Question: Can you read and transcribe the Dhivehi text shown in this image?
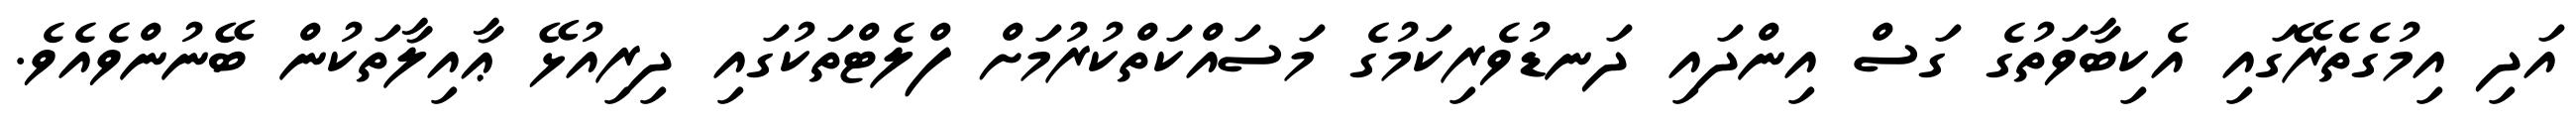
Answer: އަދި އިމުގެތެރޭގައި އެކިބާވަތުގެ ގަސް އިންދައި ދަނޑުވެރިކަމުގެ މަސައްކަތްކުރުމަށް ފްލެޓްތަކުގައި ދިރިއުޅޭ ޢާއިލާތަކުން ބޭނުންވެއެވެ.